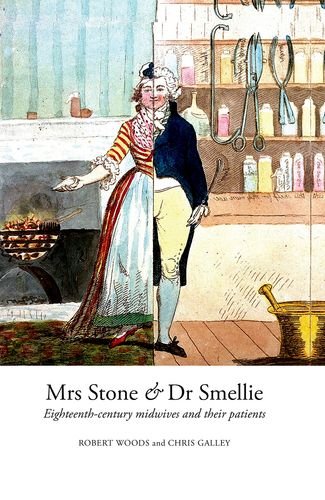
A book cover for Mrs Stone & Dr Smellie: Eighteenth-Century Midwives and their Patients; Robert Woods; Medical Books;